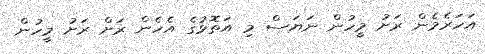
އަހަރެމެން ރަށު މީހުން ނަޔަސް މި އަތޮޅުގެ އެހެން ރަށް ރަށު މީހުން